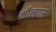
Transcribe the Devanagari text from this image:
नीलगर